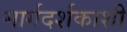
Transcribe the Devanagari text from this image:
मार्गदर्शकाशी